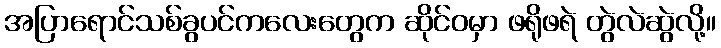
အပြာရောင်သစ်ခွပင်ကလေးတွေက ဆိုင်ဝမှာ ဖရိုဖရဲ တွဲလဲဆွဲလို့။